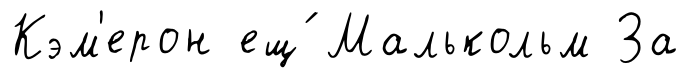
Кэм'ерон ещ́ Малькольм За